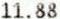
11.88